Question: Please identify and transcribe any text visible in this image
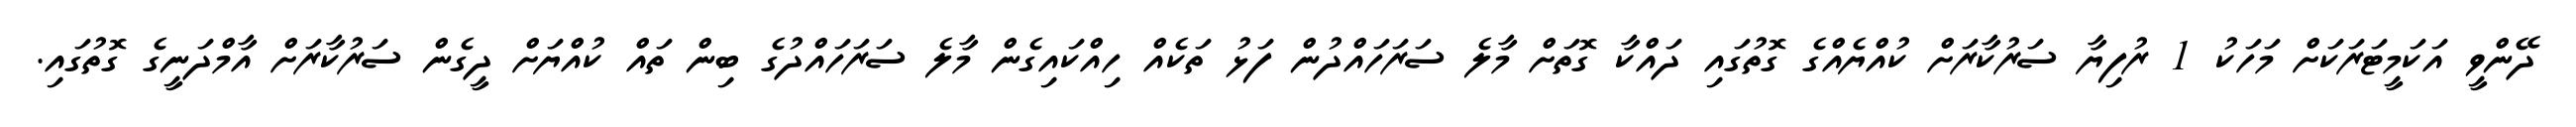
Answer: ދޭންވީ އަކަމީޓަރަކަށް މަހަކު 1 ރުފިޔާ ސަރުކާރަށް ކުއްޔެއްގެ ގޮތުގައި ދައްކާ ގޮތަށް މާލެ ސަރަހައްދުން ފަޅު ތަކެއް ހިއްކައިގެން މާލެ ސަރަހައްދުގެ ބިން ތައް ކުއްޔަށް ދީގެން ސަރުކާރަށް އާމްދަނީގެ ގޮތުގައި.